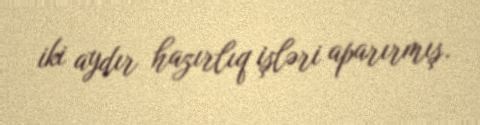
iki aydır hazırlıq işləri aparırmış.